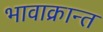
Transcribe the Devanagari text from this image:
भावाक्रान्त